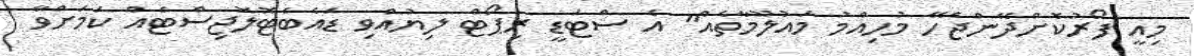
މިއީ ފޯރުކޮށްދޭންޖެހޭ މުހިއްމު މައުލޫމާތެއް" އެ ސްޓަޑީ ރިޕޯޓް ލިޔުއްވި ޑައެބެޓޮލޮޖިސްޓެއް ކަމަށްވާ